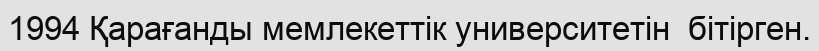
1994 Қарағанды мемлекеттік университетін  бітірген.